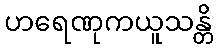
ဟရေဏုကယူသန္တိ